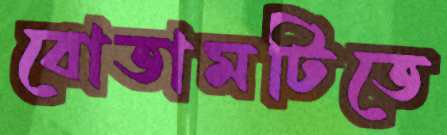
বোতামটিতে